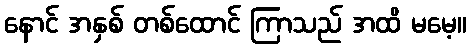
နောင် အနှစ် တစ်ထောင် ကြာသည် အထိ မမေ့။